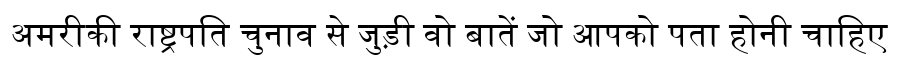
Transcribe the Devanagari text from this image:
अमरीकी राष्ट्रपति चुनाव से जुड़ी वो बातें जो आपको पता होनी चाहिए